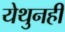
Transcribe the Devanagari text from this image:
येथुनही